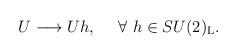
LaTeX: \begin{align*}U \longrightarrow Uh, ~~~~\forall~h\in SU(2)_{\rm L}.\end{align*}